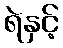
ရဲနှင့်